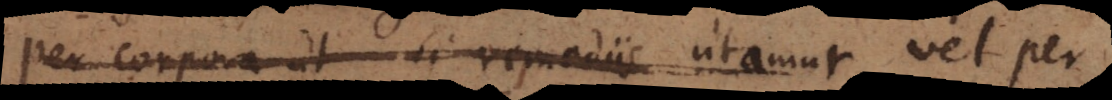
per corpora ut si remediis utamur vel per